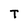
Character: T